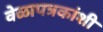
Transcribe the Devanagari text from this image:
वेळापत्रकांशी